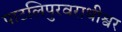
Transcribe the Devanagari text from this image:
पाटलिपुरवराधीश्वर